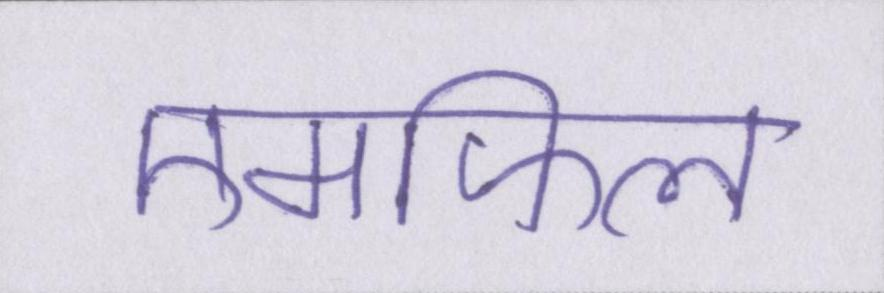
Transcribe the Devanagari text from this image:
एमफिल